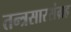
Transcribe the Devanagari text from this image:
तन्त्रसारसंग्रह